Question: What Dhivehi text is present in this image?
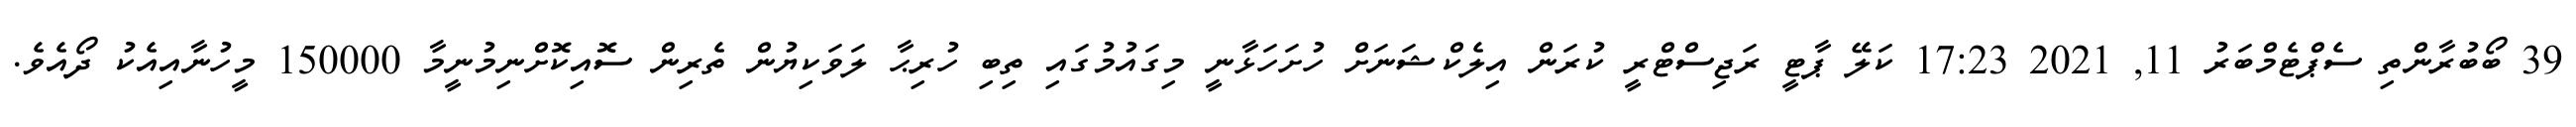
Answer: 39 ބޯބުރާންތި ސެޕްޓެމްބަރު 11, 2021 17:23 ކަލޭ ޕާޓީ ރަޖިސްޓްރީ ކުރަން އިލެކްޝަނަށް ހުށަހަޅާނީ މިގައުމުގައި ތިބި ހުރިޙާ ލަވަކިޔުން ތެރިން ސޮއިކޮށްނިމުނީމާ 150000 މީހުނާއިއެކު ދޯއެވެ.